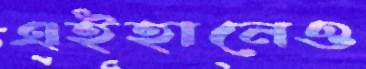
এইহানেও